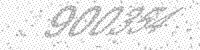
Solution: 900354